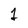
Character: 1